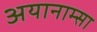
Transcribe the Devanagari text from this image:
अयानाम्सा